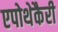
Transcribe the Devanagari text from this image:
एपोथेकैरी